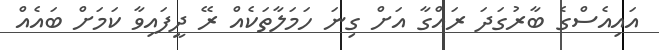
އައިއެސްގެ ބާރުގަދަ ރައްގާ އަށް ގިނަ ހަމަލާތަކެއް ރޭ ދީފައިވާ ކަމަށް ބައެއް